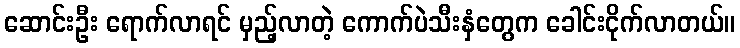
ဆောင်းဦး ရောက်လာရင် မှည့်လာတဲ့ ကောက်ပဲသီးနှံတွေက ခေါင်းငိုက်လာတယ်။